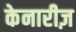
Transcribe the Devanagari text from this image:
केनारीज़